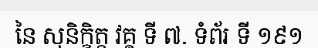
នៃ សុនិក្ខិត្ត វគ្គ ទី ៧. ទំព័រ ទី ១៩១